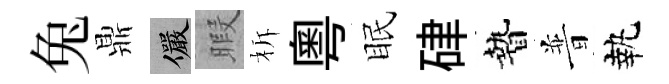
兔鼎儼暇柝粵眠硉贄普執